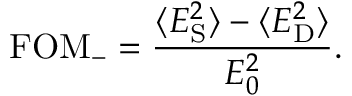
\mathrm { F O M } _ { - } = \frac { \langle E _ { \mathrm { S } } ^ { 2 } \rangle - \langle E _ { \mathrm { D } } ^ { 2 } \rangle } { E _ { 0 } ^ { 2 } } .